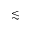
\lesssim